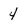
Character: 4